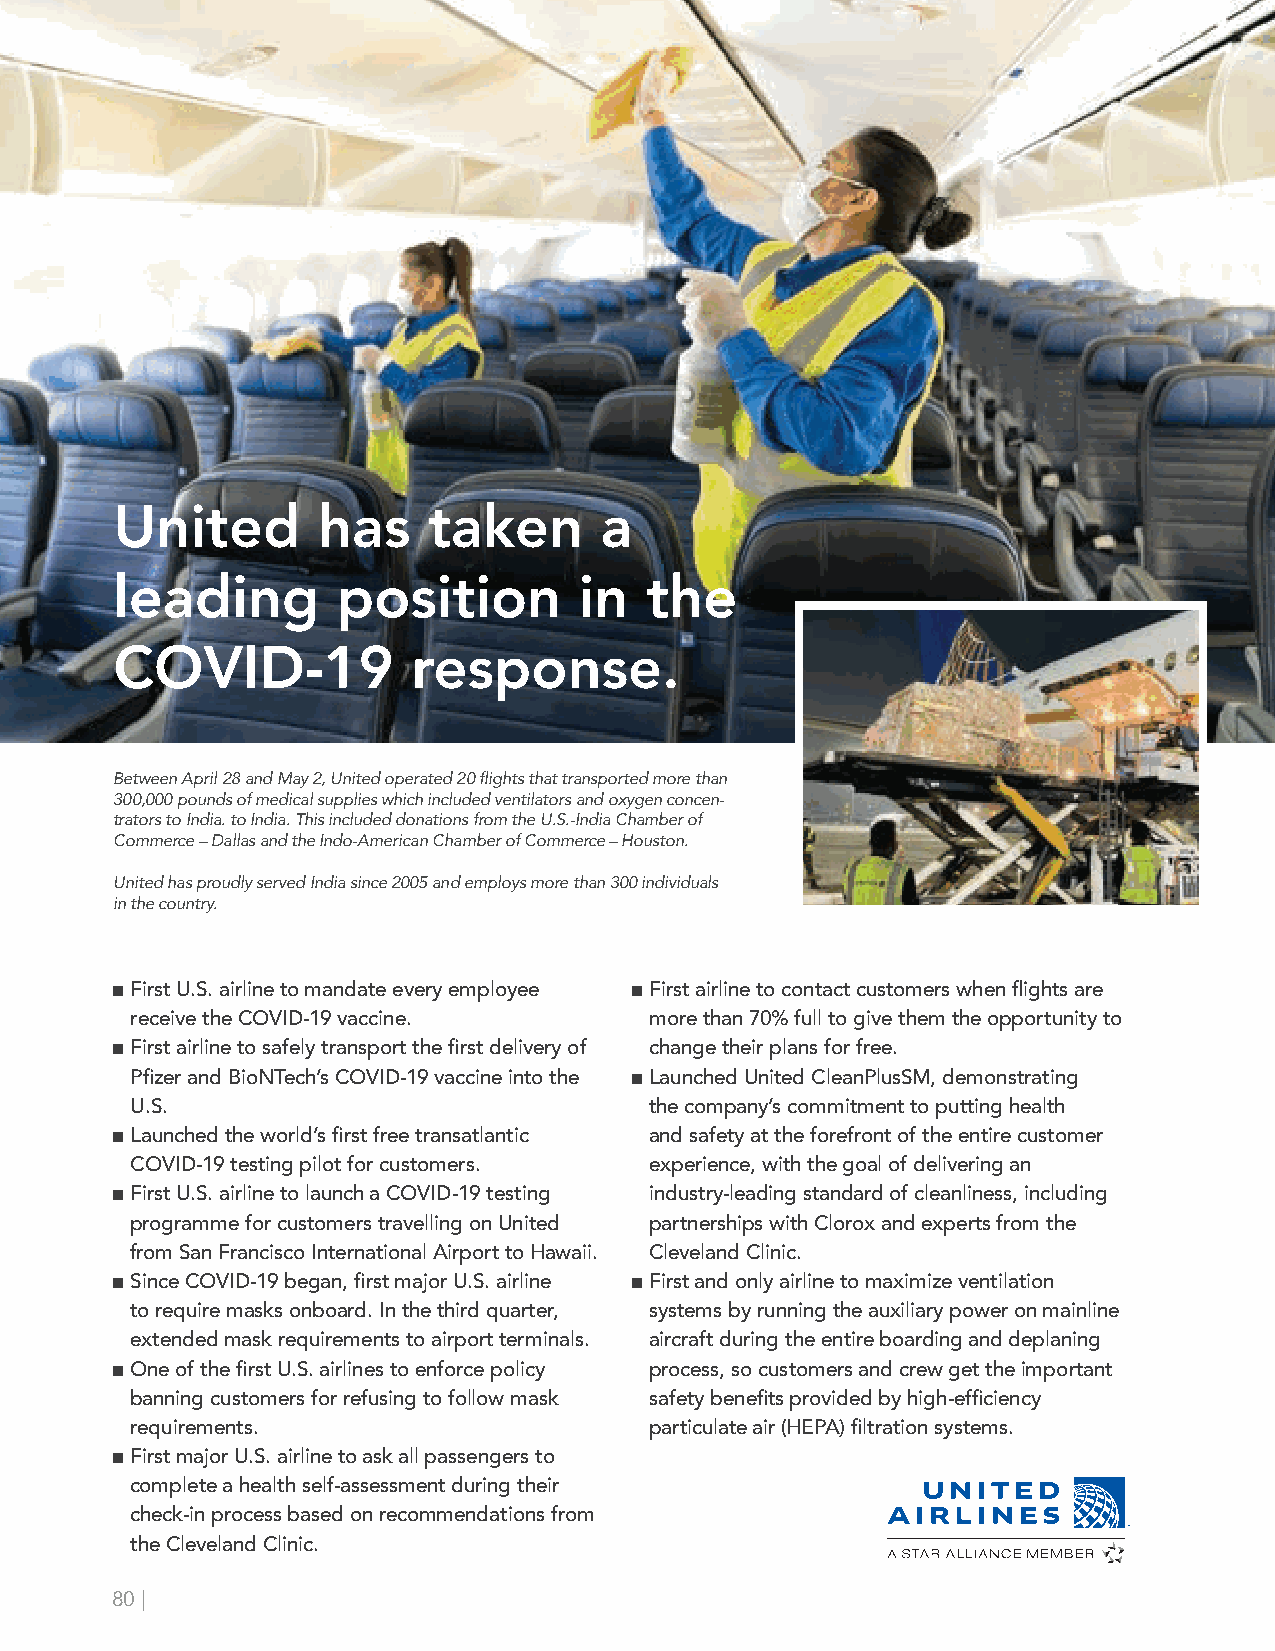
United       has    taken       a
 leading       position        in   the
 COVID-19           response.
 Between April 28 and May 2, United operated 20 flights that transported more than
 300,000 pounds of medical supplies which included ventilators and oxygen concen-
 trators to India. to India. This included donations from the U.S.-India Chamber of
 Commerce – Dallas and the Indo-American Chamber of Commerce – Houston.
 United has proudly served India since 2005 and employs more than 300 individuals
 in the country.
 ■ F irst U.S. airline to mandate every employee ■ F irst airline to contact customers when flights are
 receive the COVID-19 vaccine.     more than 70% full to give them the opportunity to
 ■ F irst airline to safely transport the first delivery of change their plans for free.
 Pfizer and BioNTech’s COVID-19 vaccine into the ■ L aunched United CleanPlusSM, demonstrating
 U.S.                              the company’s commitment to putting health
 ■ L aunched the world’s first free transatlantic and safety at the forefront of the entire customer
 COVID-19 testing pilot for customers. experience, with the goal of delivering an
 ■ F irst U.S. airline to launch a COVID-19 testing industry-leading standard of cleanliness, including
 programme for customers travelling on United partnerships with Clorox and experts from the
 from San Francisco International Airport to Hawaii. Cleveland Clinic.
 ■ S ince COVID-19 began, first major U.S. airline ■ F irst and only airline to maximize ventilation
 to require masks onboard. In the third quarter, systems by running the auxiliary power on mainline
 extended mask requirements to airport terminals. aircraft during the entire boarding and deplaning
 ■ O ne of the first U.S. airlines to enforce policy process, so customers and crew get the important
 banning customers for refusing to follow mask safety benefits provided by high-efficiency
 requirements.                     particulate air (HEPA) filtration systems.
 ■ F irst major U.S. airline to ask all passengers to
 complete a health self-assessment during their
 check-in process based on recommendations from
 the Cleveland Clinic.
 80 |